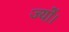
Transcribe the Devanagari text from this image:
ज्‍यों।